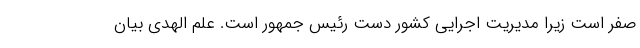
صفر است زیرا مدیریت اجرایی کشور دست رئیس جمهور است. علم الهدی بیان